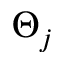
\Theta _ { j }